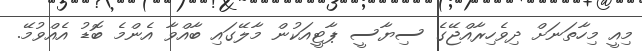
މިއީ މިހާތަނަށް ދިވެހިރާއްޖޭގެ ސިޔާސީ ޕާޓީއަކުން މާލޭގައި ބާއްވާ އެންމެ ބޮޑު އެއްވުމޭ.